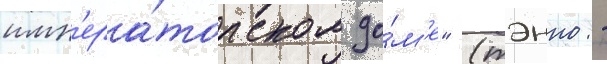
имп'ера́торском до́м'е" (тэнно: -